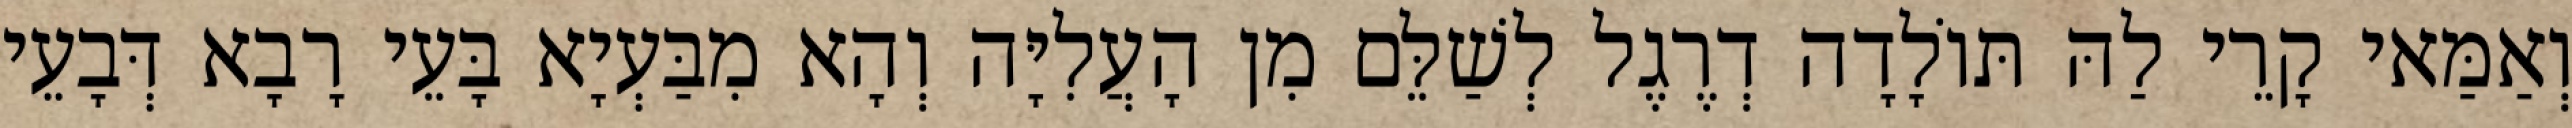
וְאַמַּאי קָרֵי לַהּ תּוֹלָדָה דְרֶגֶל לְשַׁלֵּם מִן הָעֲלִיָּה וְהָא מִבַּעְיָא בָּעֵי רָבָא דְּבָעֵי